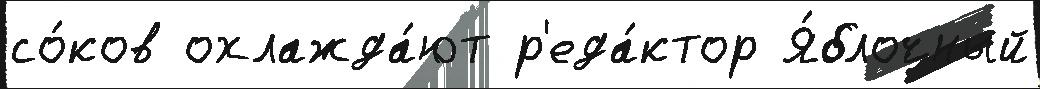
со́ков охлажда́ют р'еда́ктор Я́блочный